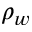
\rho _ { w }